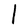
Character: l